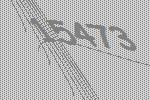
15473